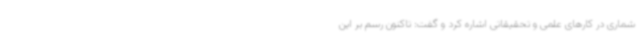
شماری در کارهای علمی و تحقیقاتی اشاره کرد و گفت: تاکنون رسم بر این